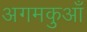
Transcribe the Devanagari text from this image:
अगमकुआँ